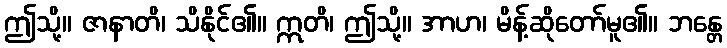
ဤသို့။ ဇာနာတိ၊ သိနိုင်၏။ ဣတိ၊ ဤသို့။ အာဟ၊ မိန့်ဆိုတော်မူ၏။ ဘန္တေ